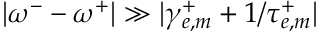
| \omega ^ { - } - \omega ^ { + } | \gg | \gamma _ { e , m } ^ { + } + 1 / \tau _ { e , m } ^ { + } |